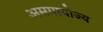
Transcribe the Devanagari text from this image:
असमायोज्य